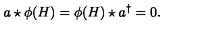
a \star \phi ( H ) = \phi ( H ) \star { a ^ { \dagger } } = 0 .